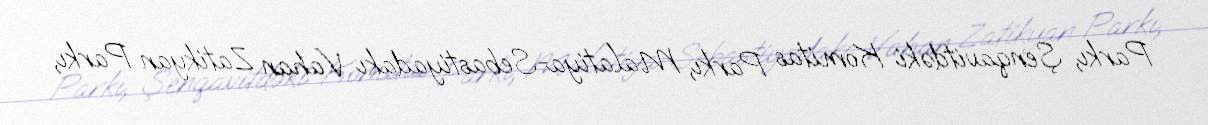
Parkı, Şenqavitdəki Komitas Parkı, Malatiya-Sebastiyadakı Vahan Zatikyan Parkı,